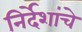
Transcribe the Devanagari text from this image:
निर्देशांचे